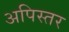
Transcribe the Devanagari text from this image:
अपिस्तर